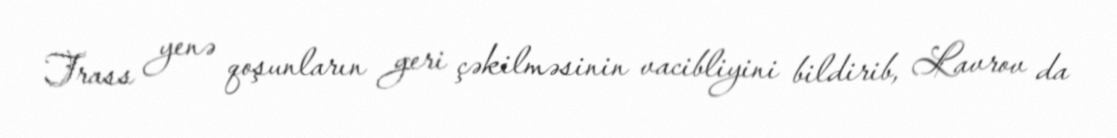
Trass yenə qoşunların geri çəkilməsinin vacibliyini bildirib, Lavrov da